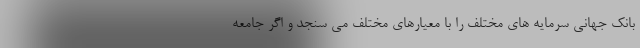
بانک جهانی سرمایه های مختلف را با معیارهای مختلف می سنجد و اگر جامعه